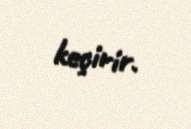
keçirir.